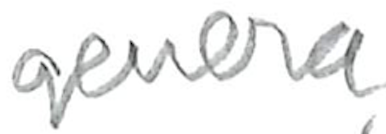
Text: genera
Cross-out: clean
Writing tool: pencil